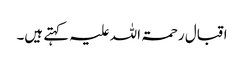
اقبال رحمۃ اللہ علیہ کہتے ہیں۔